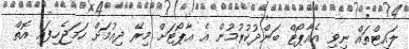
ލައިޓްތައް ނިވި އެއާޕޯޓް ބަންދުކުރުމުން އެ އާޕޯޓަށް މިރޭ ދިއުމަށް ހަމަޖެހިފައި އޮތް